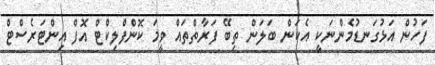
ފަހުން އަޅުގަނޑުމެންނަކީ އެކަން ބަލަން ތިބޭ ފަރާތްތައް ވީމަ ކޮންފްލިކްޓް އޮފް އިންޓަރެސްޓް